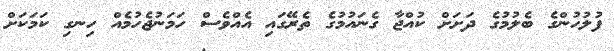
ފުލުހުންގެ ބެލުމުގެ ދަށަށް ކުއްޖާ ގެނައުމުގެ ތެރޭގައި އެއްވެސް ހަމަނުޖެހުމެއް ހިނގި ކަމަކަށް